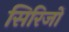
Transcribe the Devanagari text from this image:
सिरिजों